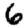
Digit: 6